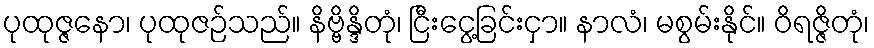
ပုထုဇ္ဇနော၊ ပုထုဇဉ်သည်။ နိဗ္ဗိန္ဒိတုံ၊ ငြီးငွေ့ခြင်းငှာ။ နာလံ၊ မစွမ်းနိုင်။ ဝိရဇ္ဇိတုံ၊